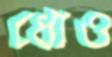
ধোও